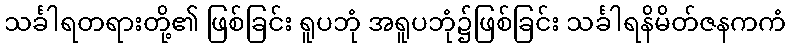
သင်္ခါရတရားတို့၏ ဖြစ်ခြင်း ရူပဘုံ အရူပဘုံ၌ဖြစ်ခြင်း သင်္ခါရနိမိတ်ဇနကကံ